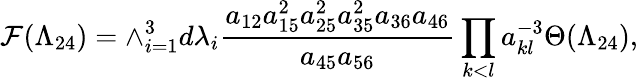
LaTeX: {\cal F}(\Lambda_{24})=\wedge_{i=1}^{3}d\lambda_{i}\frac{a_{12}a_{15}^{2}a_{25}^{2}a_{35}^{2}a_{36}a_{46}}{a_{45}a_{56}}\prod_{k<l}a_{kl}^{-3}\Theta(\Lambda_{24}),